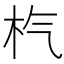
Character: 𣏙